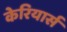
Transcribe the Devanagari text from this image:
केरियार्स